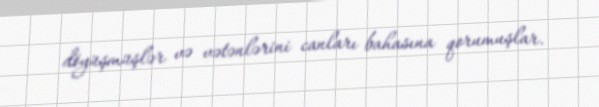
döyüşmüşlər və vətənlərini canları bahasına qorumuşlar.